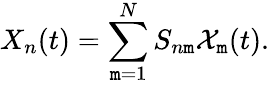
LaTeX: X_{n}(t)=\sum_{\mathtt{m}=1}^{N}S_{n\mathtt{m}}\mathcal{{X}}_{\mathtt{m}}(t).